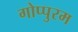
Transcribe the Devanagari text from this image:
गोप्पुरम